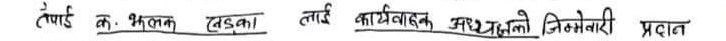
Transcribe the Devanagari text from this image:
टैपर्ड क. झलक नेपाललाई कार्यवाहक अध्यक्षको जिम्मेवारी प्रदान गरिएको